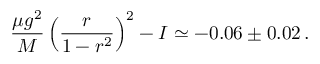
{ \frac { \mu g ^ { 2 } } { M } } \left( \frac { r } { 1 - r ^ { 2 } } \right) ^ { 2 } - I \simeq - 0 . 0 6 \pm 0 . 0 2 \, .